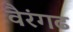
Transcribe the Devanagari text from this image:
वैरंगढ